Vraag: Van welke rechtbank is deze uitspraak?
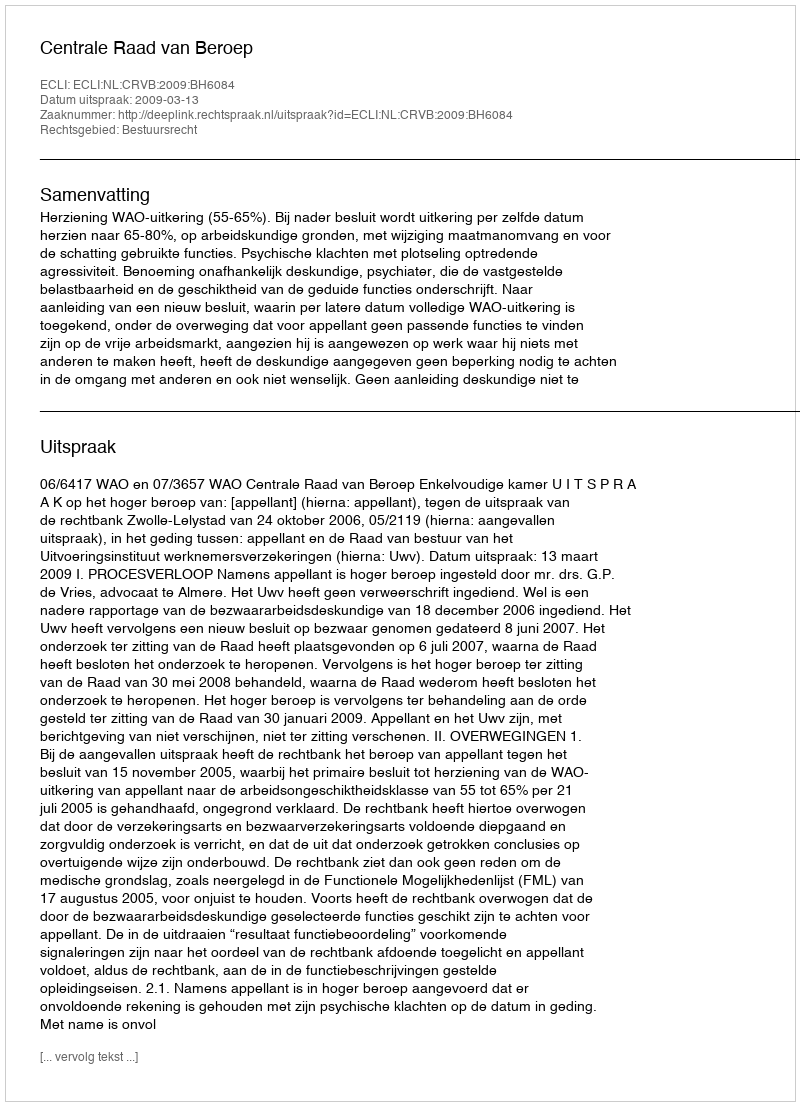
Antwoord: Centrale Raad van Beroep